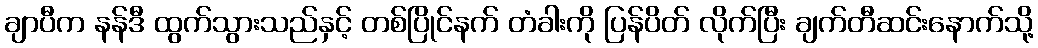
ချာပီက နန်ဒီ ထွက်သွားသည်နှင့် တစ်ပြိုင်နက် တံခါးကို ပြန်ပိတ် လိုက်ပြီး ချက်တီဆင်းနောက်သို့